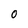
Character: 0